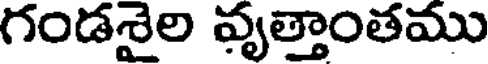
గండశైల వృత్తాంతము